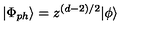
| \Phi _ { p h } \rangle = z ^ { ( d - 2 ) / 2 } | \phi \rangle